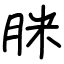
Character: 脒